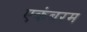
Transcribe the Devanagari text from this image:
एकंबरम